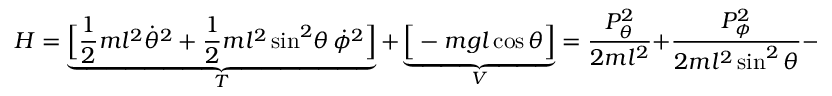
H = \underbrace { { \Big [ } { \frac { 1 } { 2 } } m l ^ { 2 } { \dot { \theta } } ^ { 2 } + { \frac { 1 } { 2 } } m l ^ { 2 } \sin ^ { 2 } \! \theta \, { \dot { \phi } } ^ { 2 } { \Big ] } } _ { T } + \underbrace { { \Big [ } - m g l \cos \theta { \Big ] } } _ { V } = { \frac { P _ { \theta } ^ { 2 } } { 2 m l ^ { 2 } } } + { \frac { P _ { \phi } ^ { 2 } } { 2 m l ^ { 2 } \sin ^ { 2 } \theta } } - m g l \cos \theta